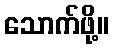
သောက်ဖို့။